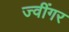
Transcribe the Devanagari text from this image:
ज्वींगर